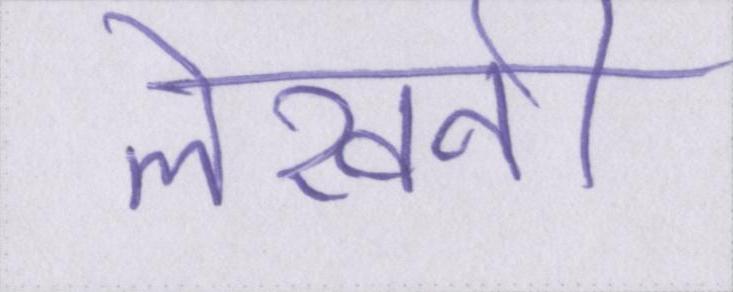
लेखनी